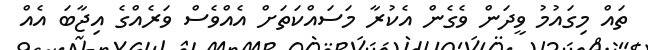
ތައް މިގައުމު ވީދަން ވެގެން އެކުރާ މަސައްކަތަށް އެއްވެސް ވަރެއްގެ އިޖާބަ އެއް